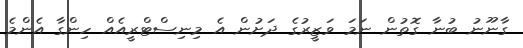
ގާނޫނު ބުނާ ގޮތުން ނަމަ ވަޒީރުގެ ދަށުން އެ މިނިސްޓްރީއެއް ހިންގާ އެންމެ